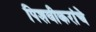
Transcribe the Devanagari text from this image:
पिशवीकरांचे